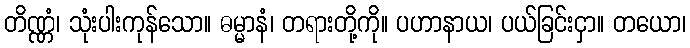
တိဏ္ဏံ၊ သုံးပါးကုန်သော။ ဓမ္မာနံ၊ တရားတို့ကို။ ပဟာနာယ၊ ပယ်ခြင်းငှာ။ တယော၊